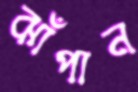
ঝাঁপান